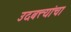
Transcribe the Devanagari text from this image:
उदबत्त्यांचा